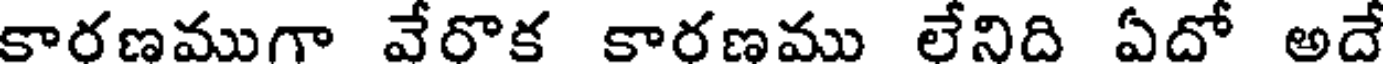
కారణముగా వేరొక కారణము లేనిది ఏదో అదే